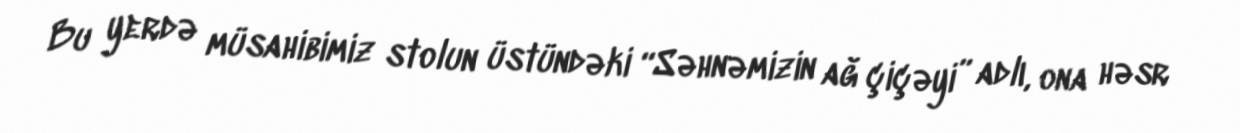
Bu yerdə müsahibimiz stolun üstündəki “Səhnəmizin ağ çiçəyi” adlı, ona həsr